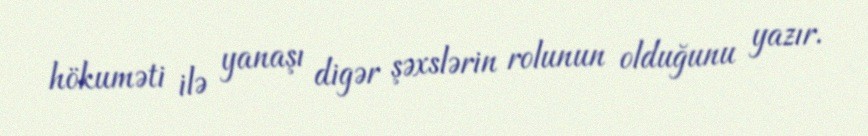
hökuməti ilə yanaşı digər şəxslərin rolunun olduğunu yazır.